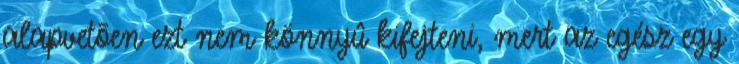
alapvetõen ezt nem könnyû kifejteni, mert az egész egy